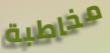
مخاطبة